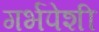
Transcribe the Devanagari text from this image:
गर्भपेशी